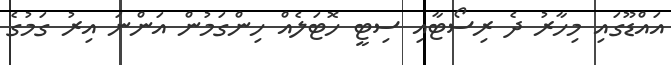
އައްޑޫގައި މިހާރު ދެ ރިސޯޓާއި ސިޓީ ހޮޓަލެއް ހިންގަމުން އަންނަ އިރު ގަމުގެ